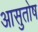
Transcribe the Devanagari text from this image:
आसुतोष